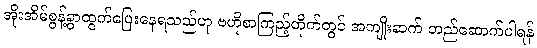
အိုးအိမ်စွန့်ခွာထွက်ပြေးနေရသည်ဟု ဗဟိုစာကြည့်တိုက်တွင် အကျိုးဆက် တည်ဆောက်ပါရန်